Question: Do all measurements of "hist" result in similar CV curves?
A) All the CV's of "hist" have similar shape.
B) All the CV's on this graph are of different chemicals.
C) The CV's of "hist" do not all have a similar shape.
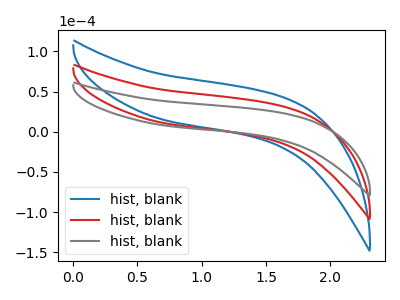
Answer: <think>The blue curve "hist, blank1" has no peaks. The red curve "hist, blank2" has no peaks. The gray curve "hist, blank3" has no peaks.
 Neither "hist, blank1" or "hist, blank2" have any peaks. Neither "hist, blank1" or "hist, blank3" have any peaks. Neither "hist, blank2" or "hist, blank3" have any peaks.</think>
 <answer>A) All the CV's of "hist" have similar shape.</answer>
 <eval>A</eval>